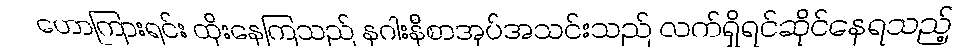
ဟောကြားရင်း ထိုးနေကြသည် နဂါးနီစာအုပ်အသင်းသည် လက်ရှိရင်ဆိုင်နေရသည့်